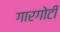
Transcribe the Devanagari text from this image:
गारगाेटी